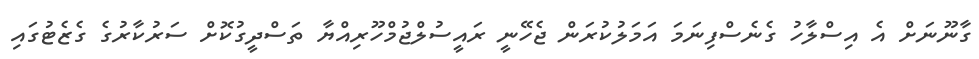
ގާނޫނަށް އެ އިސްލާހު ގެނެސްފިނަމަ އަމަލުކުރަން ޖެހޭނީ ރައީސުލްޖުމްހޫރިއްޔާ ތަސްދީގުކޮށް ސަރުކާރުގެ ގެޒެޓުގައި